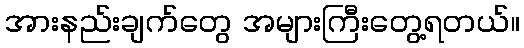
အားနည်းချက်တွေ အများကြီးတွေ့ရတယ်။